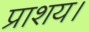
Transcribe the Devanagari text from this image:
प्राशय।